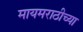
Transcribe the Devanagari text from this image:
मायमराठीच्या